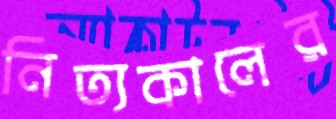
নিত্যকালের